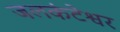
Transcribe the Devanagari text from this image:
जलकंटेश्वर